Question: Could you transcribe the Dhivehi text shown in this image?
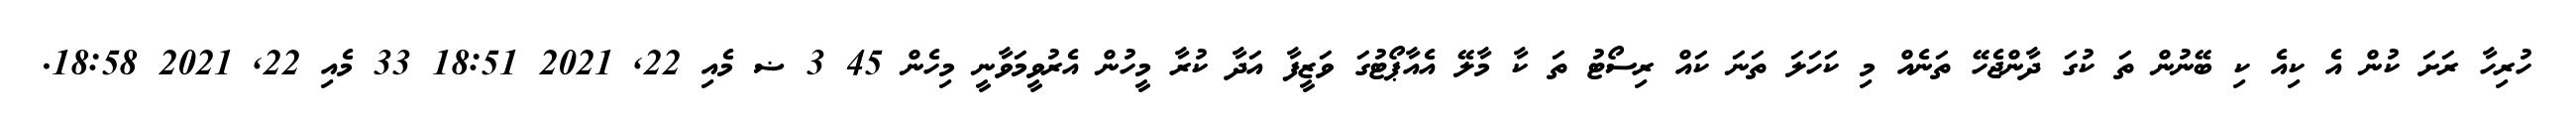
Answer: ހުރިހާ ރަށަ ކުން އެ ކިއެ ކި ބޭނުން ތަ ކުގަ ދާންޖެހޭ ތަނެއް މި ކަހަލަ ތަނަ ކައް ރިސޯޓު ތަ ކާ މާލޭ އެއާޕޯޓުގަ ވަޒީފާ އަދާ ކުރާ މީހުން އެރުވީމަވާނީ މިހެން 45 3 ޟ މެއި 22, 2021 18:51 33 މެއި 22, 2021 18:58.